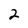
Character: 2